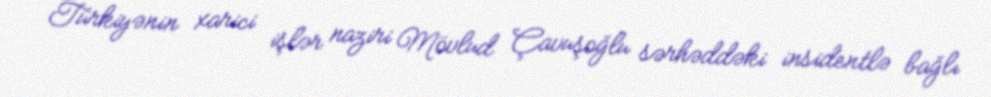
Türkiyənin xarici işlər naziri Mövlud Çavuşoğlu sərhəddəki insidentlə bağlı